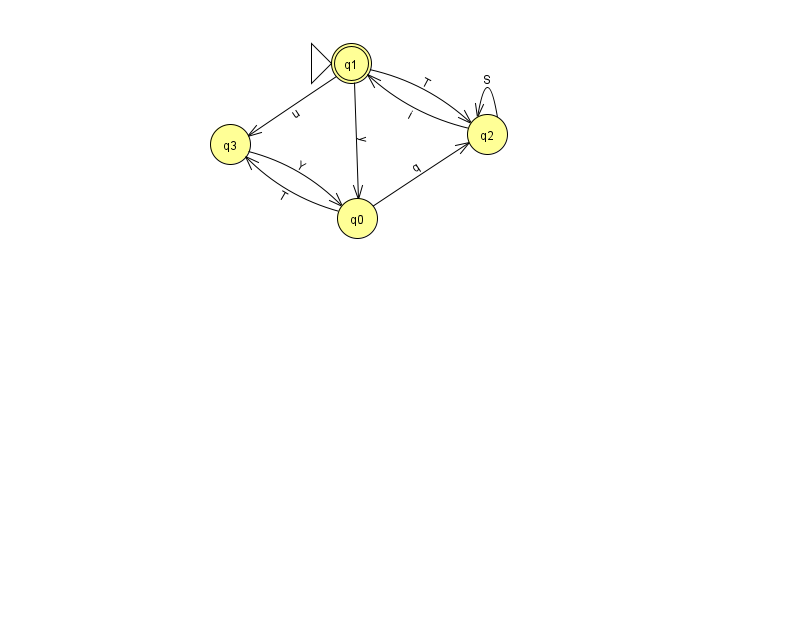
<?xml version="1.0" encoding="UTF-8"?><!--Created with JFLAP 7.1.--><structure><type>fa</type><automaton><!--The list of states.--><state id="0" name="q0"><x>357.0</x><y>205.0</y></state><state id="1" name="q1"><x>351.0</x><y>50.0</y><initial/><final/></state><state id="2" name="q2"><x>487.0</x><y>121.0</y></state><state id="3" name="q3"><x>230.0</x><y>131.0</y></state><!--The list of transitions.--><transition><from>3</from><to>0</to><read>Y</read></transition><transition><from>2</from><to>2</to><read>S</read></transition><transition><from>1</from><to>2</to><read>T</read></transition><transition><from>0</from><to>2</to><read>q</read></transition><transition><from>2</from><to>1</to><read>i</read></transition><transition><from>1</from><to>3</to><read>u</read></transition><transition><from>0</from><to>3</to><read>T</read></transition><transition><from>1</from><to>0</to><read>y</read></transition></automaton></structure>